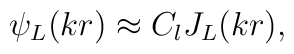
\psi_L (kr)\approx C_l J_L (kr),